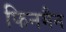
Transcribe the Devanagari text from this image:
फिनमैन